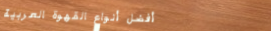
أفضل أنواع القهوة العربية